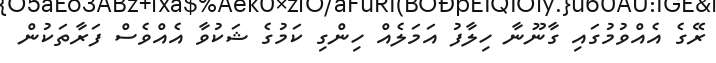
ރޭގެ އެއްވުމުގައި ގާނޫނާ ހިލާފު އަމަލެއް ހިންގި ކަމުގެ ޝަކުވާ އެއްވެސް ފަރާތަކުން